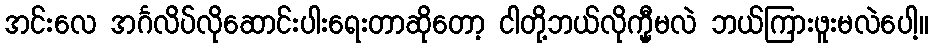
အင်းလေ အင်္ဂလိပ်လိုဆောင်းပါးရေးတာဆိုတော့ ငါတို့ဘယ်လိုက္မှီမလဲ ဘယ်ကြားဖူးမလဲပေါ့။